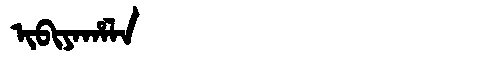
Manchu: ᡳᠪᡳᠶᠠᡥᠠᠯᠠ
Romanization: IBIYAHALA